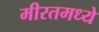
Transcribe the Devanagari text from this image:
मीरतमध्ये